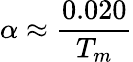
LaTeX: \alpha\approx{\frac{0.020}{T_{m}}}